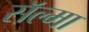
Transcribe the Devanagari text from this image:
सॅल्मा